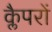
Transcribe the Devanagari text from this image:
क्लैपरों